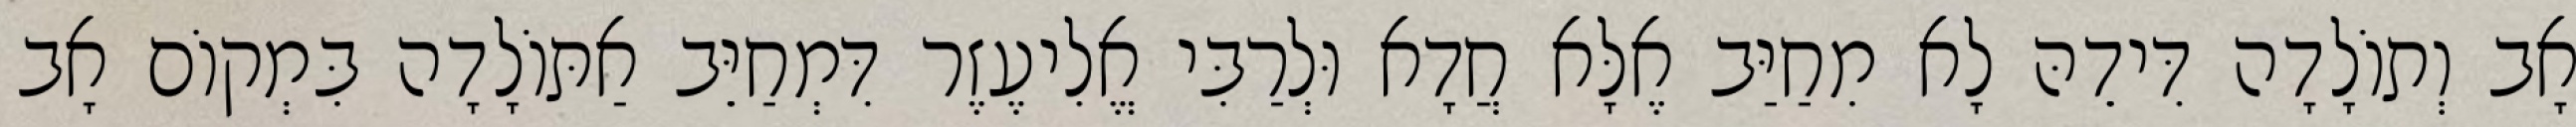
אָב וְתוֹלָדָה דִּידֵהּ לָא מִחַיַּב אֶלָּא חֲדָא וּלְרַבִּי אֱלִיעֶזֶר דִּמְחַיֵּב אַתּוֹלָדָה בִּמְקוֹם אָב